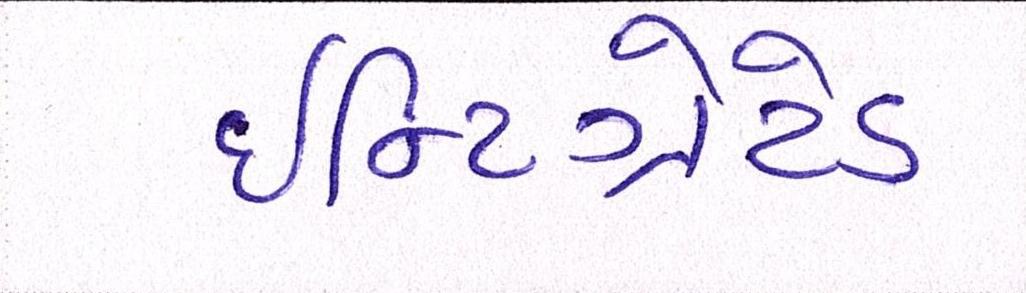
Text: ઇન્ટિગ્રેટેડ